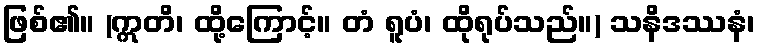
ဖြစ်၏။ (ဣတိ၊ ထို့ကြောင့်။ တံ ရူပံ၊ ထိုရုပ်သည်။) သနိဒဿနံ၊